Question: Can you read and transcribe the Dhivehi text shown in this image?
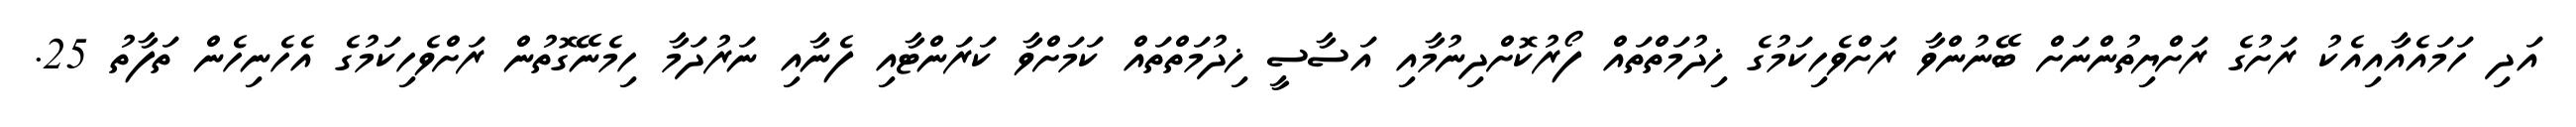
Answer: އަދި ހަމައެއާއިއެކު ރަށުގެ ރަށްޔިތުންނަށް ބޭނުންވާ ރަށްވެހިކަމުގެ ޚިދުމަތްތައް ފޯރުކޮށްދިނުމާއި އަސާސީ ޚިދުމަތްތައް ކަމަށްވާ ކަރަންޓާއި ފެނާއި ނަރުދަމާ ހިމެނޭގޮތުން ރަށްވެހިކަމުގެ އެހެނިހެން ތަފާތު 25.